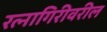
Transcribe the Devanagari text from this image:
रत्नागिरीवरील